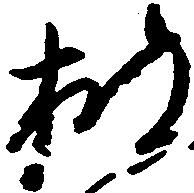
披